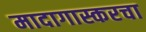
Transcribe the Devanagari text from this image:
मादागास्करचा